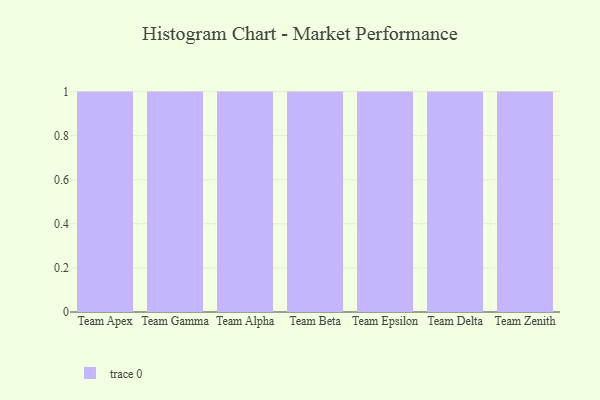
{"axis": {"x": "Team", "y": "Website Visitors"}, "legend": [""], "data": [{"x": "Team Apex", "y": 84, "type": ""}, {"x": "Team Gamma", "y": 68, "type": ""}, {"x": "Team Alpha", "y": 92, "type": ""}, {"x": "Team Beta", "y": 12, "type": ""}, {"x": "Team Epsilon", "y": 54, "type": ""}, {"x": "Team Delta", "y": 61, "type": ""}, {"x": "Team Zenith", "y": 58, "type": ""}]}